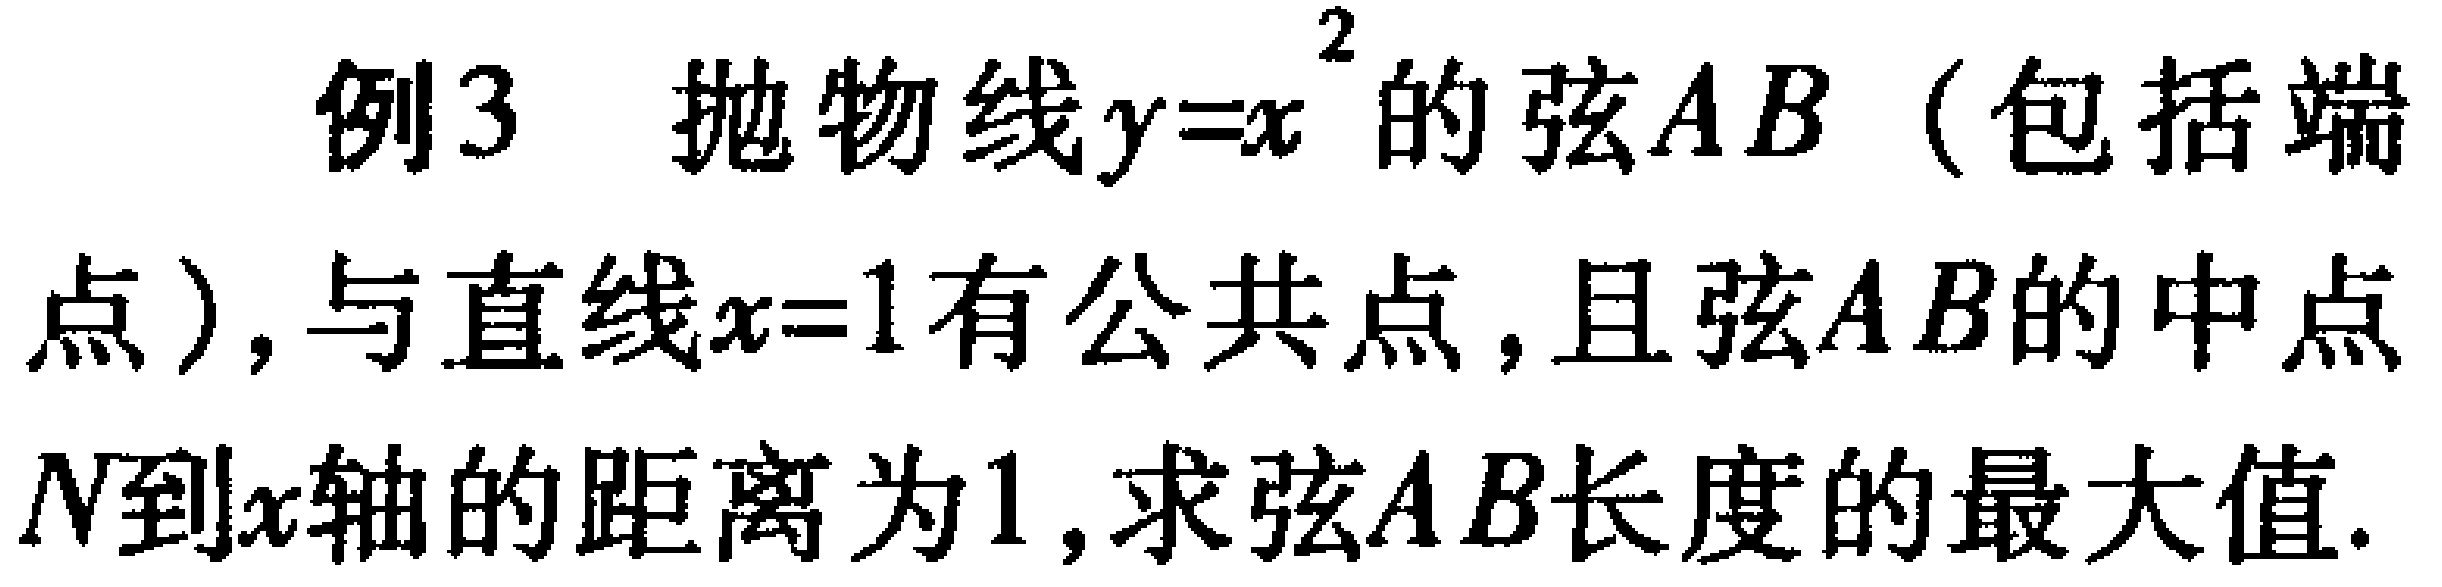
例3 抛物线\(y = x^{2}\)的弦\(AB\)（包括端点），与直线\(x = 1\)有公共点，且弦\(AB\)的中点\(N\)到\(x\)轴的距离为\(1\)，求弦\(AB\)长度的最大值.